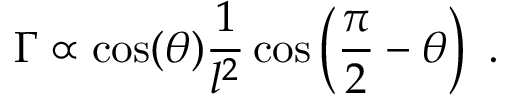
\Gamma \propto \cos ( \theta ) \frac { 1 } { l ^ { 2 } } \cos \left( \frac { \pi } { 2 } - \theta \right) ~ .